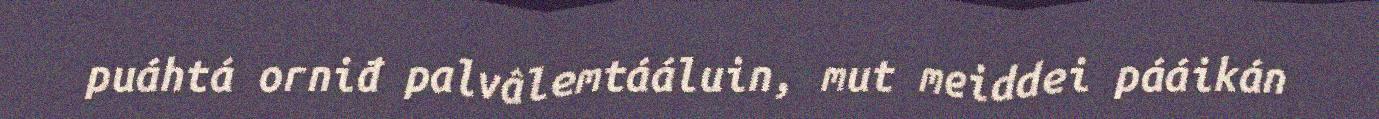
puáhtá orniđ palvâlemtááluin, mut meiddei pááikán